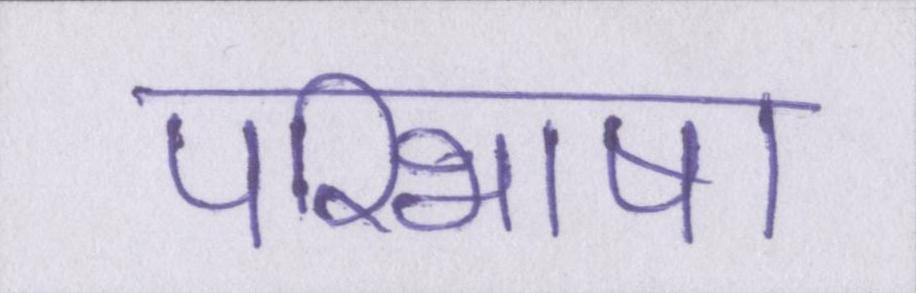
परिभाषा